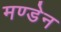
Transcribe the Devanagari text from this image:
मण्‍डेन